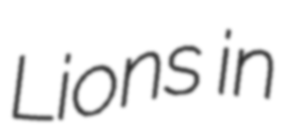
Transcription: Lions in